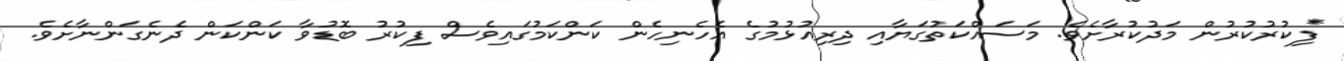
*ފިކުރުކުރުން މަދުކުރާށެވެ. މަސައްކަތުގަޔާއި ދިރިއުޅުމުގެ އެހެނިހެން ކަންކަމުގައިވެސް ފިކުރު ބޮޑުވާ ކަންކަން ދެނެގަންނާށެވެ.